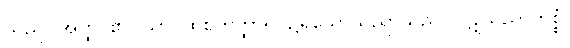
သည်။ အတ္ထိ၊ ၏။ သာ၊ ထိုစတုတ္ထာရုပ္ပ၌ရှိသောသညာသည်။ ပဋုသညာကိစ္စံ၊